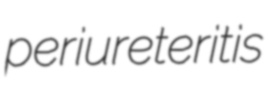
periureteritis